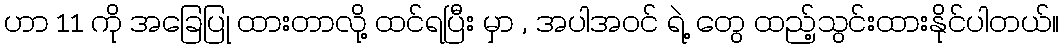
ဟာ 11 ကို အခြေပြု ထားတာလို့ ထင်ရပြီး မှာ , အပါအဝင် ရဲ့ တွေ ထည့်သွင်းထားနိုင်ပါတယ်။